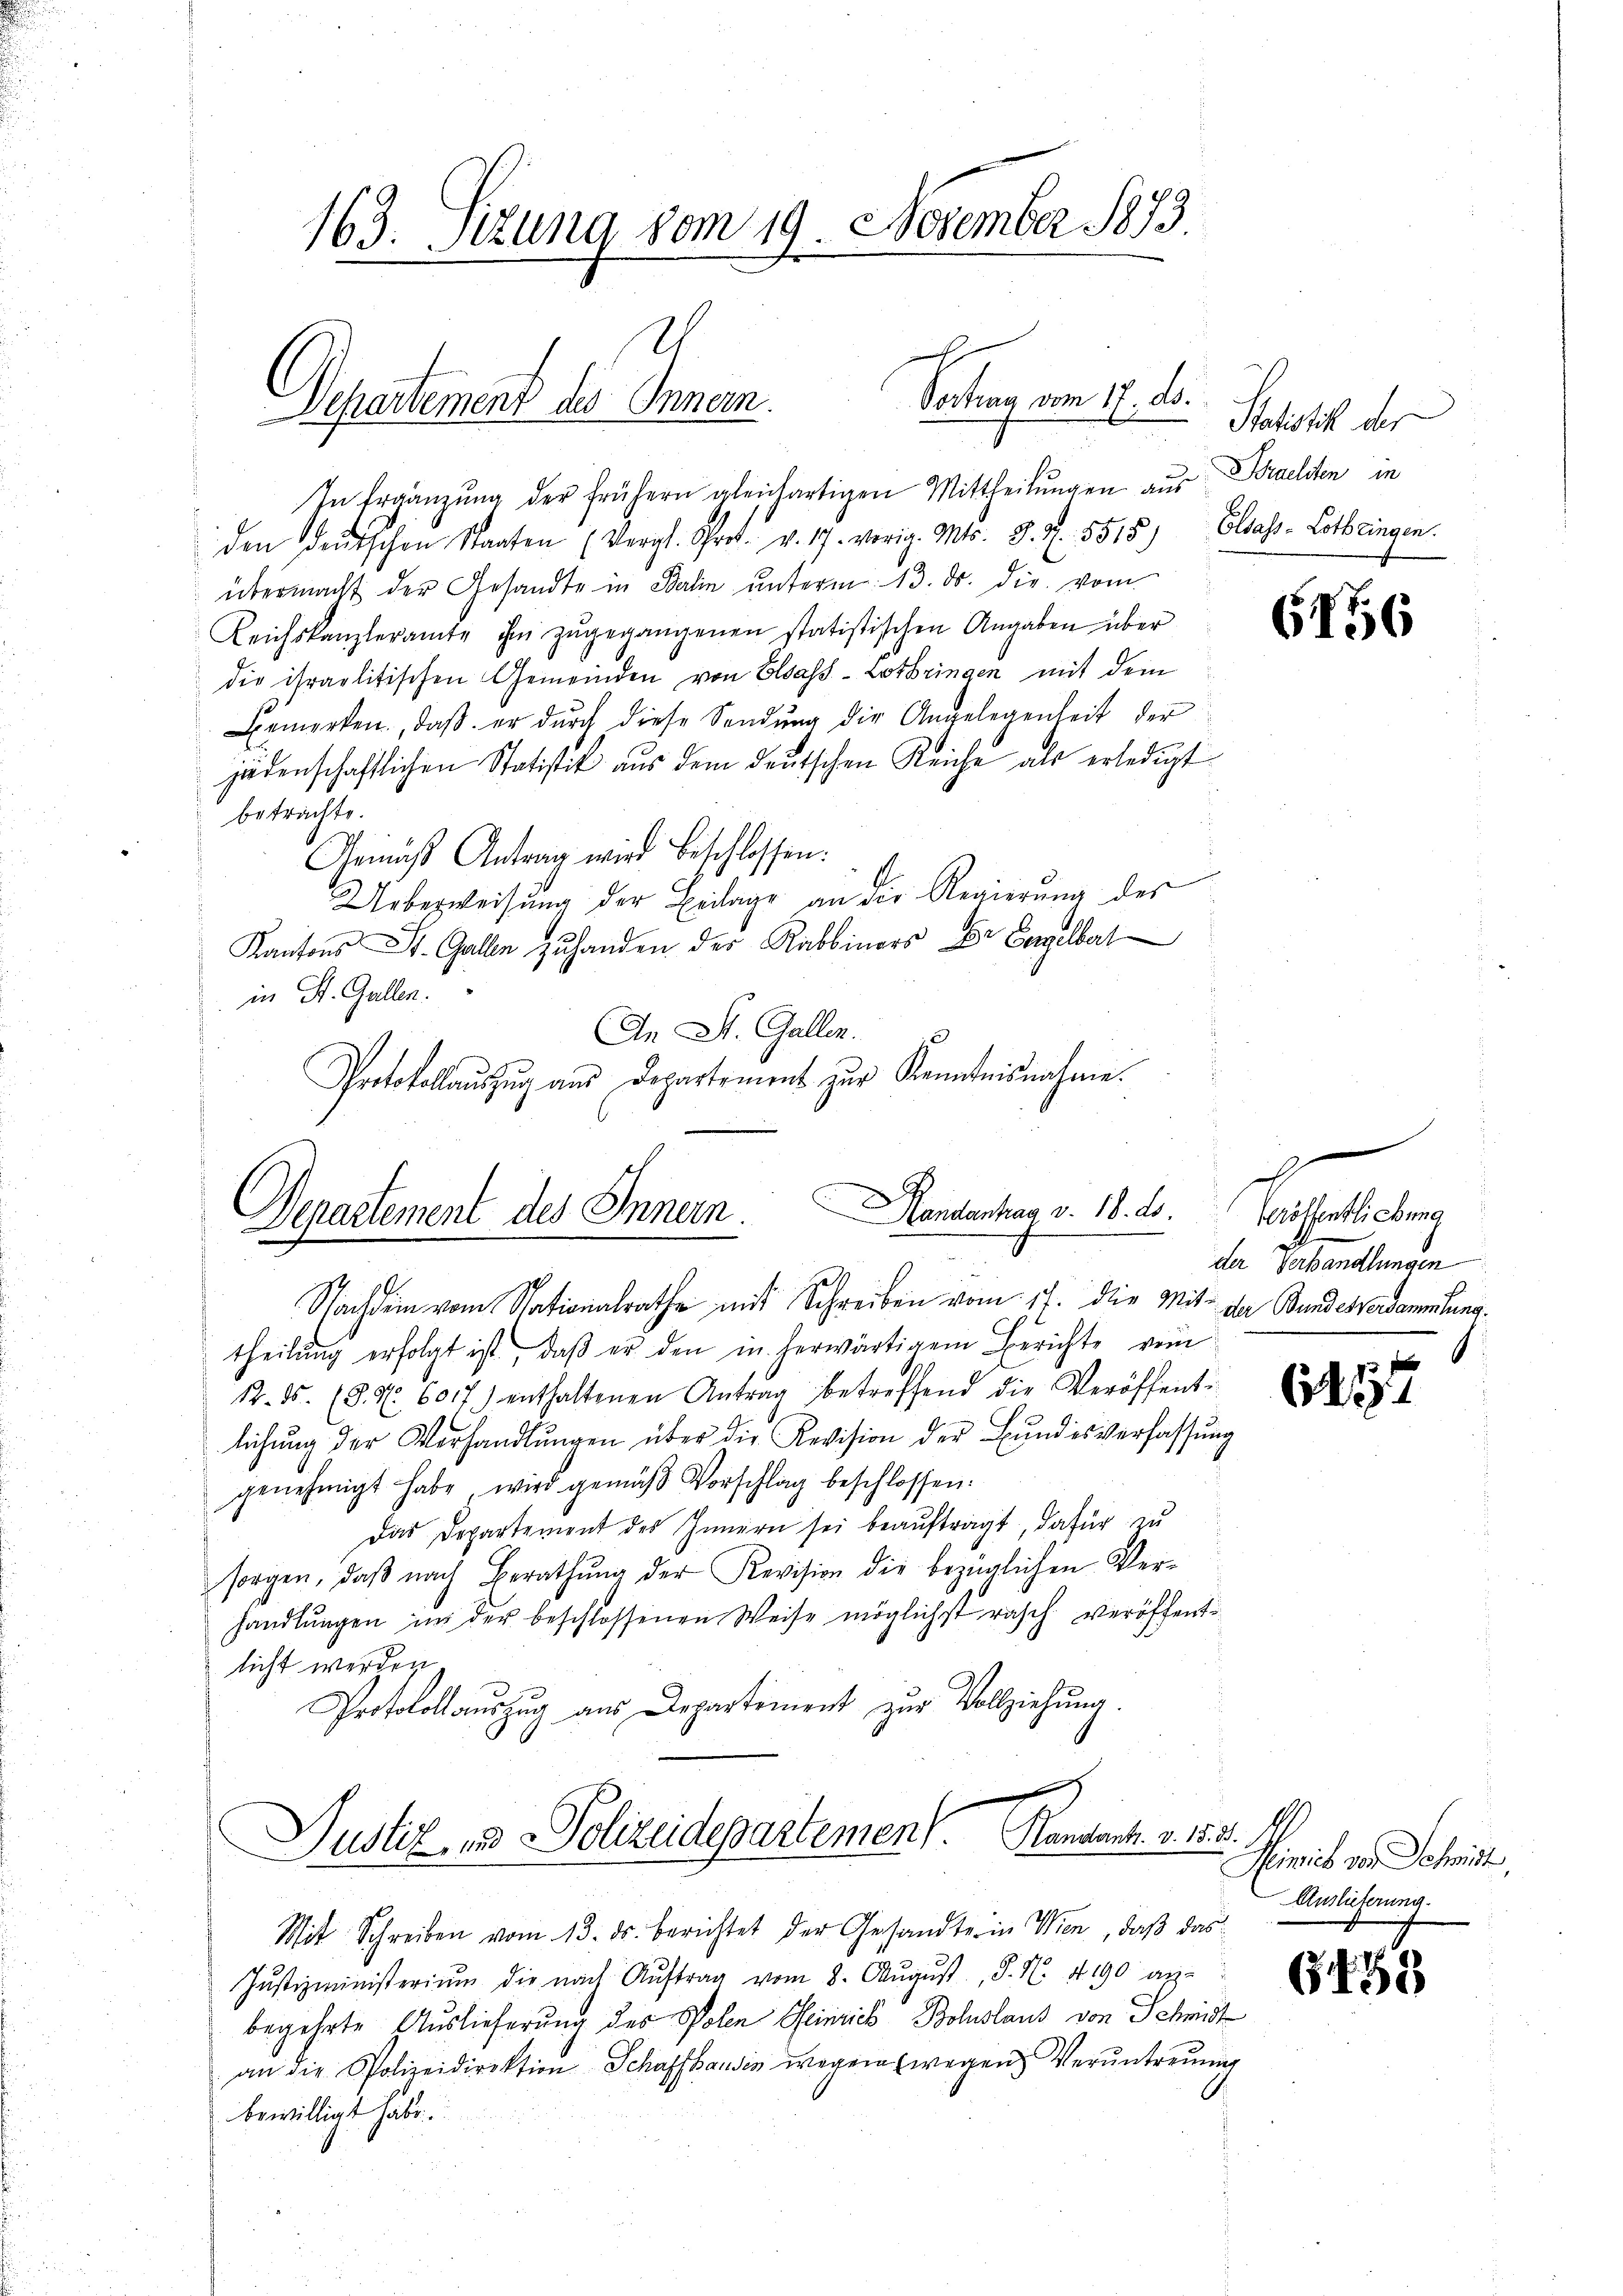
163. Itzung vom 19. November 1873.
.

Vortrag vom 17. ds.
Departement des Innern.
2

In Ergänzŭng der frühern gleichartigen Mittheilŭngen aus
den deutschen Staaten (Vergl. Sprot. v. 17. vorig. Mts. S. 3. 5515) Elsass-Lothringen.
übermacht der Gesandte in Balin unterm 13. ds. die vom
Leichskanzleramte ihm zŭgegangenen statistischen Angaben über
die israelitischen Gemeinden von Elsass-Lothringen mit dem
Bemerken, daβ er dŭrch diese Sendŭng die Angelegenheit der
jädenschaftlichen Statistik aus dem deutschen Reiche als erledigt
betrachte.
Gemäß Antrag wird beschlossen:
Ueberweisung der Beilage an die Regierung des
Kantons St. Gallen zuhanden des Rabbinars Dr Engelbert
 in St. Gallen.
An St. Gallen.
Protokollauszug aus Departement zur Kenntnisnahme.

Handenhag v. 18. ds.
Departement des Innern.

Handants. v. 15. 31. 41
Justiz, und Polizeidepartement.

Statistik der
Brachten in

Nachdem vom Nationalrathe mit Schreiben vom 17. die Mit- da Bundesversammlung.
theilŭng erfolgt ist, daβ er den in herwärtigem Berichte vom
12. ds. (3. S. 6017) enthaltenen Antrag betreffend die Veröffent-
lichŭng der Verhandlŭngen über die Revision der Bŭndesverfassŭng
genehmigt habe, wird gemäß Vorschlag beschlossen:
Das Departement des Innern sei beauftragt, dafür zu
sorgen, daβ nach Berathŭng der Revision die bezüglichen Ver-
handlungen in der beschlossenen Weise möglichst rasch veröffentsicht werden.
Protokollauszug aus Departement zur Vollziehung.
d

Mit Schreiben vom 13. ds. berichtet der Gesandte in Wien, daß das
Justizministerium die nach Aŭftrag vom 8. Aŭgŭst P. N. 490 anbegehrte Auslieferung des Polen Heinrich Boluslaus von Schwist
an die Polizeidirektion Schaffhausen wegen wegen Veruntreuung
bewilligt habe.

6156

Veröffentlichung
der Lebendtlingen
.

657

G. 151

Heinrich von Schmidt,
Auslieferung.